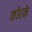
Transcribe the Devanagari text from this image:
कोरके